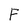
Character: F